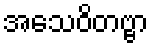
အသေဝိတဗ္ဗာ